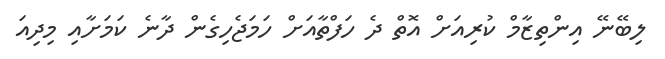
ލިބޭނޭ އިންތިޒާމް ކުރިއަށް އޮތް ދެ ހަފްތާއަށް ހަމަޖެހިގެން ދާނެ ކަމަށާއި މިދިއަ